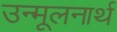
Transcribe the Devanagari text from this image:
उन्मूलनार्थ